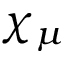
\chi _ { \mu }